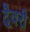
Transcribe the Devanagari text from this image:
दैवरी